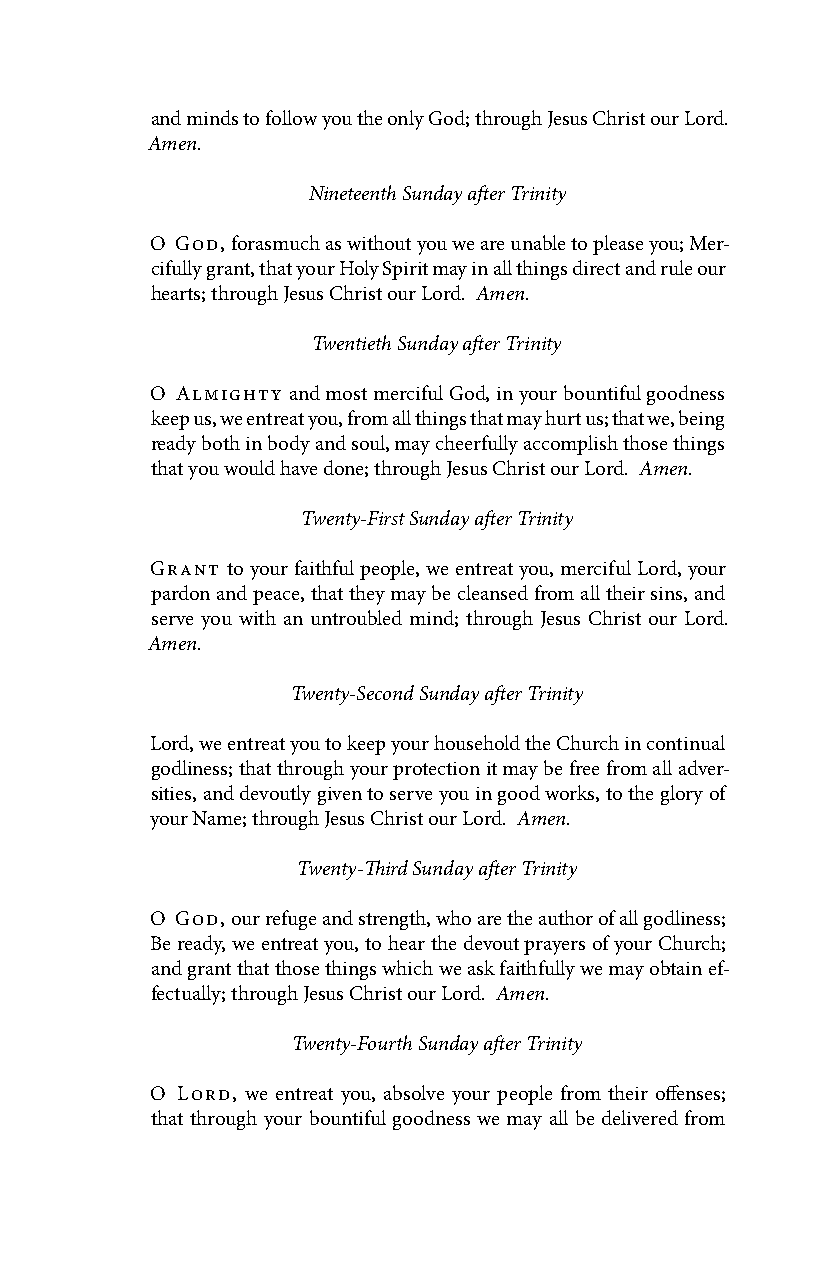
and minds to follow you the only God; through Jesus Christ our Lord.
 Amen.
 Nineteenth Sunday after Trinity
 O God, forasmuch as without you we are unable to please you; Mer-
 cifully grant, that your Holy Spirit may in all things direct and rule our
 hearts; through Jesus Christ our Lord. Amen.
 Twentieth Sunday after Trinity
 O Almighty and most merciful God, in your bountiful goodness
 keep us, we entreat you, from all things that may hurt us; that we, being
 ready both in body and soul, may cheerfully accomplish those things
 that you would have done; through Jesus Christ our Lord. Amen.
 Twenty-First Sunday after Trinity
 Grant to your faithful people, we entreat you, merciful Lord, your
 pardon and peace, that they may be cleansed from all their sins, and
 serve you with an untroubled mind; through Jesus Christ our Lord.
 Amen.
 Twenty-Second Sunday after Trinity
 Lord, we entreat you to keep your household the Church in continual
 godliness; that through your protection it may be free from all adver-
 sities, and devoutly given to serve you in good works, to the glory of
 your Name; through Jesus Christ our Lord. Amen.
 Twenty-Third Sunday after Trinity
 O God, our refuge and strength, who are the author of all godliness;
 Be ready, we entreat you, to hear the devout prayers of your Church;
 and grant that those things which we ask faithfully we may obtain ef-
 fectually; through Jesus Christ our Lord. Amen.
 Twenty-Fourth Sunday after Trinity
 O Lord, we entreat you, absolve your people from their offenses;
 that through your bountiful goodness we may all be delivered from